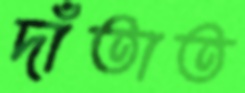
দাঁতাত